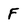
Character: F